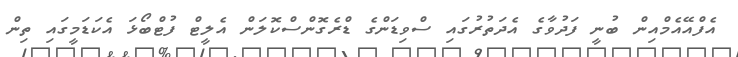
އެފްއޭއެމްއިން ބުނީ ފަދުވާގެ އެދަތުރުގައި ސްވިޑަންގެ ޑްރެގޮންސްކޮލަން އެލީޓް ފުޓްބޯޅަ އެކަޑަމީގައި ތިން